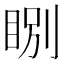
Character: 𥇂